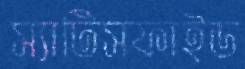
স্যাটিসফাইড